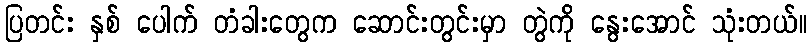
ပြတင်း နှစ် ပေါက် တံခါးတွေက ဆောင်းတွင်းမှာ တွဲကို နွေးအောင် သုံးတယ်။